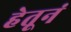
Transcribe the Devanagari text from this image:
हेतूनं